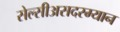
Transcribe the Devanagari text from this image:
सेल्सीअसदरम्यान